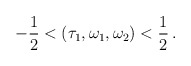
\begin{align*}-\frac{1}{2}<(\tau_1,\omega_1,\omega_2)< \frac{1}{2}\, .\end{align*}